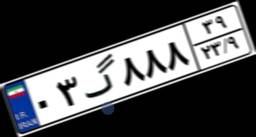
۰۲گ۵۹۴۸۹